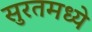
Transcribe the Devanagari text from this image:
सुरतमध्ये